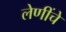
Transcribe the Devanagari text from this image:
लेणींचे